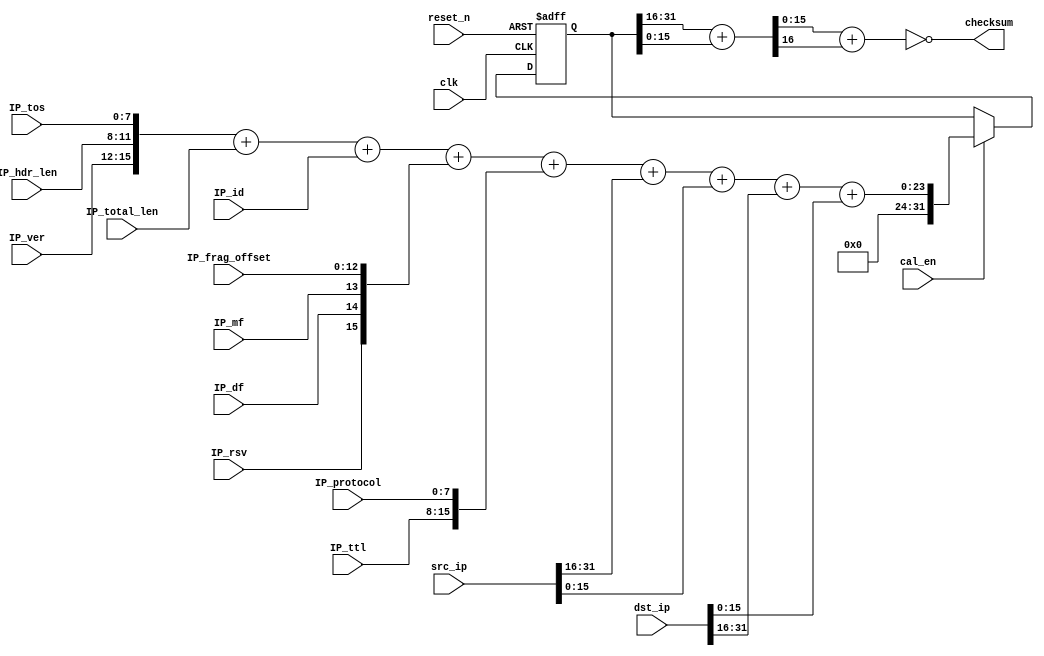
/////////////////////////////////////////////////////////////////////////////////
// Company: 
// Engineer: 
// Web: www.corecourse.cn
// 
// Design Name: 
// Module Name: ip_checksum
// Project Name: udp_gmii_tx
// Target Devices: XC7A35T-2FGG484I
// Tool Versions: Vivado 2018.3
// Description: 
// 
// Dependencies: 
// 
// Revision:
// Revision 0.01 - File Created
// Additional Comments:
// 
//////////////////////////////////////////////////////////////////////////////////


module ip_checksum(
	input           clk            ,
	input           reset_n        ,

  input           cal_en         ,

  input   [3:0]   IP_ver         ,
  input   [3:0]   IP_hdr_len     ,
  input   [7:0]   IP_tos         ,
  input   [15:0]  IP_total_len   ,
  input   [15:0]  IP_id          ,
  input           IP_rsv         ,
  input           IP_df          ,
  input           IP_mf          ,
  input   [12:0]  IP_frag_offset ,
  input   [7:0]   IP_ttl         ,
  input   [7:0]   IP_protocol    ,
  input   [31:0]  src_ip         ,
  input   [31:0]  dst_ip         ,

  output  [15:0]  checksum       
);

  reg  [31:0]suma;
  wire [16:0]sumb;

  always@(posedge clk or negedge reset_n)
  if(!reset_n)
    suma <= 32'd0;
  else if(cal_en)
    suma <= {IP_ver,IP_hdr_len,IP_tos}+IP_total_len+IP_id+
           {IP_rsv,IP_df,IP_mf,IP_frag_offset}+{IP_ttl,IP_protocol}+
           src_ip[31:16]+src_ip[15:0]+dst_ip[31:16]+dst_ip[15:0];
  else
    suma <= suma;

  assign sumb = suma[31:16]+suma[15:0];

  assign checksum = ~(sumb[15:0] + sumb[16]);

endmodule